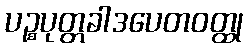
ပဉ္စပုတ္တခါဒပေတဝတ္ထု